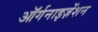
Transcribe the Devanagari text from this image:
ऑर्गनाइज़ेंशन